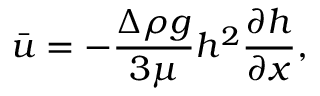
\bar { u } = - \frac { \Delta \rho g } { 3 \mu } h ^ { 2 } \frac { \partial h } { \partial x } ,